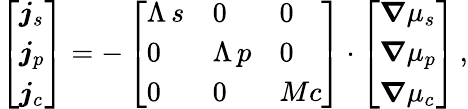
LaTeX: \left[\begin{array}{l}{\boldsymbol{j}_{s}}\\ {\boldsymbol{j}_{p}}\\ {\boldsymbol{j}_{c}}\end{array}\right]=-\left[\begin{array}{lll}{\Lambda\, s}&{0}&{0}\\ {0}&{\Lambda\, p}&{0}\\ {0}&{0}&{Mc}\end{array}\right]\cdot\left[\begin{array}{l}{\boldsymbol\nabla\mu_{s}}\\ {\boldsymbol\nabla\mu_{p}}\\ {\boldsymbol\nabla\mu_{c}}\end{array}\right]\, ,